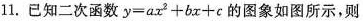
11.已知二次函数 $$y = a x ^ { 2 } + b x + c$$的图象如图所示，则